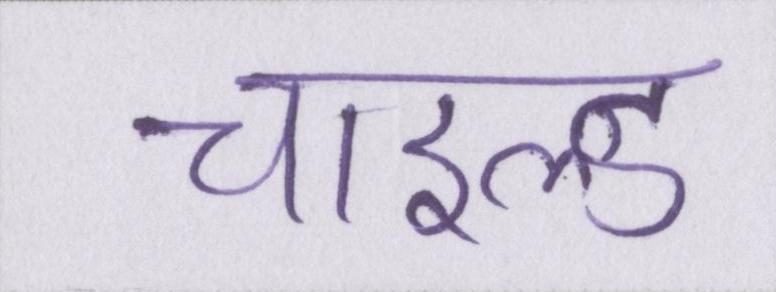
चाइल्ड